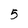
Character: 5